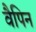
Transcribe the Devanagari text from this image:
वैपिन